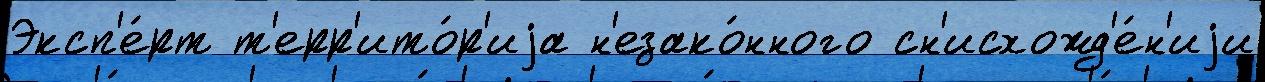
Эксп'е́рт т'ерр'ито́р'иjа н'езако́нного сн'исхожд'е́н'иjи